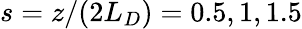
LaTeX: s=z/(2L_{D})=0.5,1,1.5